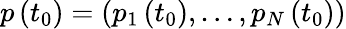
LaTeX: p\left(t_{0}\right)=\left(p_{1}\left(t_{0}\right),\ldots,p_{N}\left(t_{0}\right)\right)